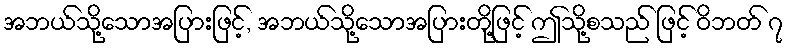
အဘယ်သို့သောအပြားဖြင့်, အဘယ်သို့သောအပြားတို့ဖြင့် ဤသို့စသည် ဖြင့် ဝိဘတ် ၇